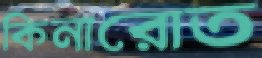
কিনারোত